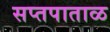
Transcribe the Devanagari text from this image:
सप्तपाताळ